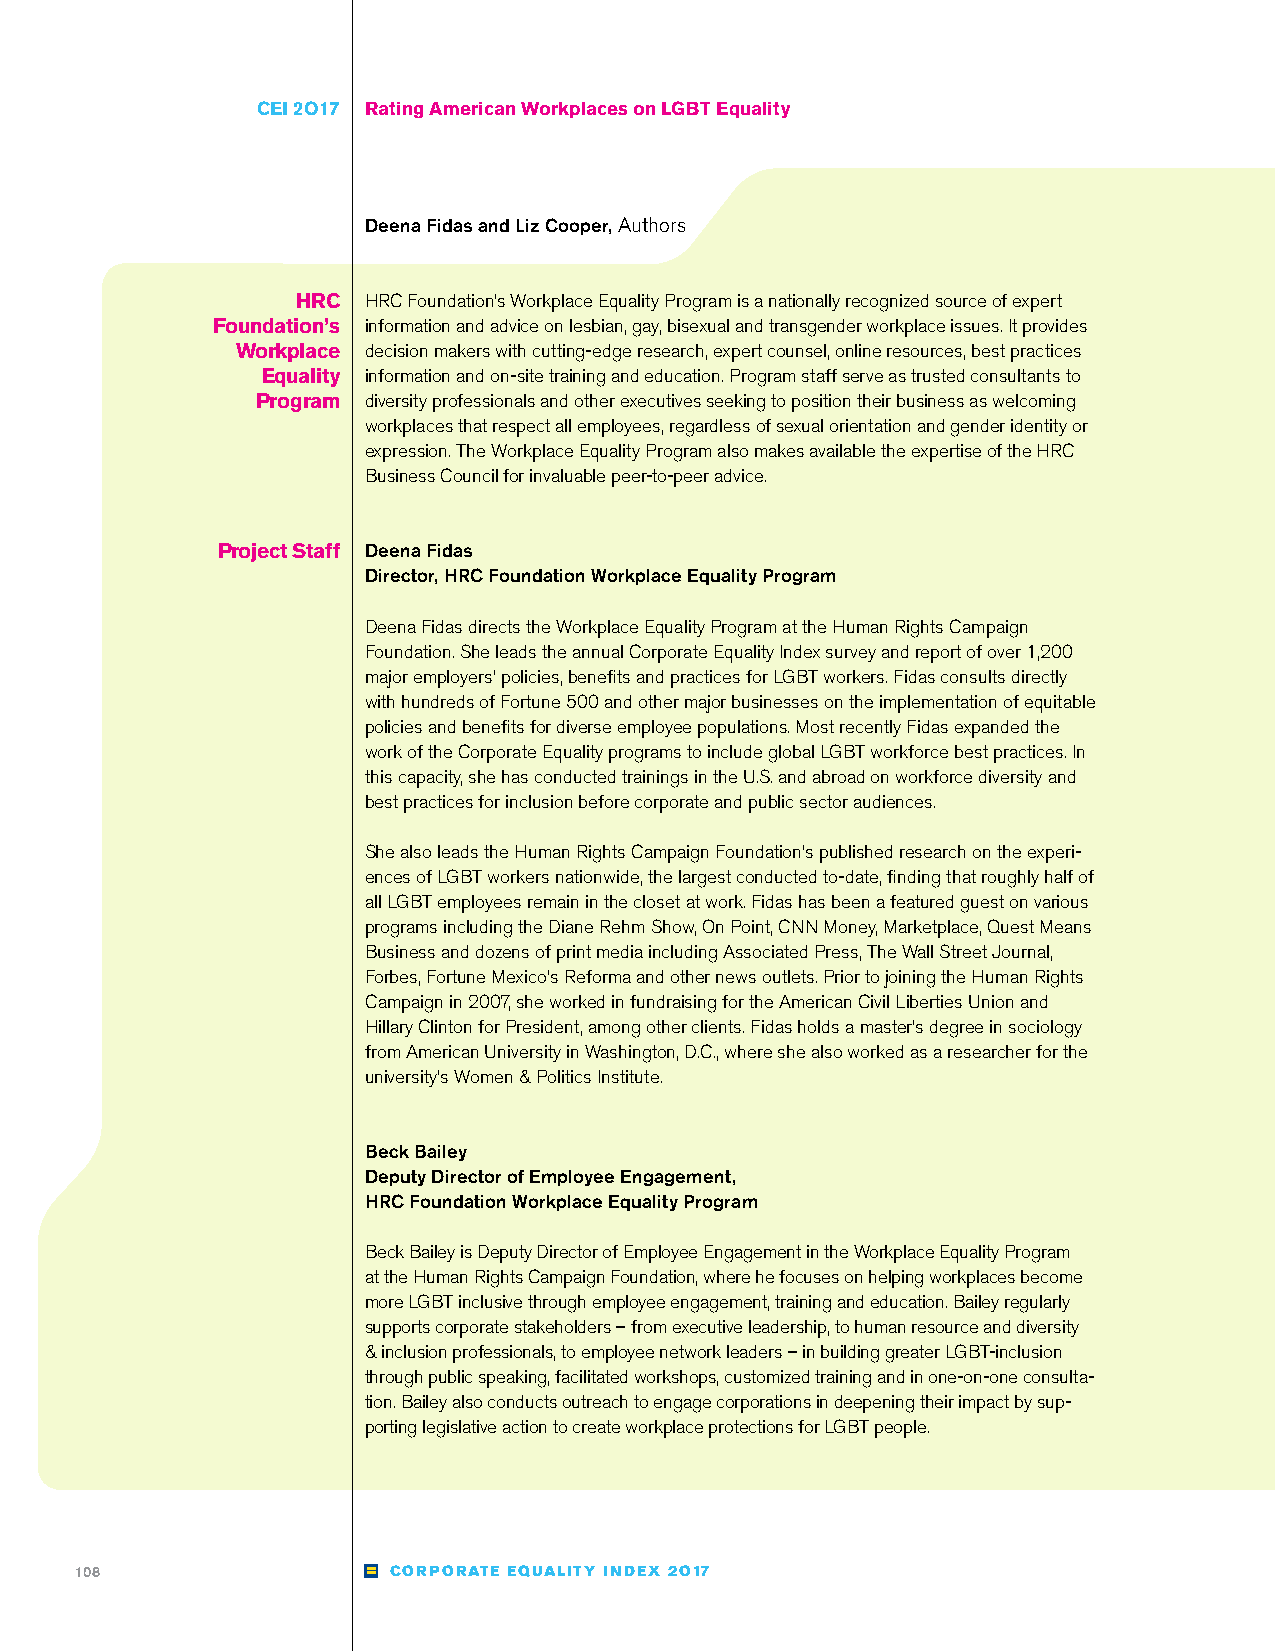
CEI 2O17 Rating American Workplaces on LGBT Equality
 Deena Fidas and Liz Cooper, Authors
 HRC HRC Foundation’s Workplace Equality Program is a nationally recognized source of expert
 Foundation’s information and advice on lesbian, gay, bisexual and transgender workplace issues. It provides
 Workplace decision makers with cutting-edge research, expert counsel, online resources, best practices
 Equality information and on-site training and education. Program staff serve as trusted consultants to
 Program diversity professionals and other executives seeking to position their business as welcoming
 workplaces that respect all employees, regardless of sexual orientation and gender identity or
 expression. The Workplace Equality Program also makes available the expertise of the HRC
 Business Council for invaluable peer-to-peer advice.
 Project Staff Deena Fidas
 Director, HRC Foundation Workplace Equality Program
 Deena Fidas directs the Workplace Equality Program at the Human Rights Campaign
 Foundation. She leads the annual Corporate Equality Index survey and report of over 1,200
 major employers’ policies, benefits and practices for LGBT workers. Fidas consults directly
 with hundreds of Fortune 500 and other major businesses on the implementation of equitable
 policies and benefits for diverse employee populations. Most recently Fidas expanded the
 work of the Corporate Equality programs to include global LGBT workforce best practices. In
 this capacity, she has conducted trainings in the U.S. and abroad on workforce diversity and
 best practices for inclusion before corporate and public sector audiences.
 She also leads the Human Rights Campaign Foundation’s published research on the experi-
 ences of LGBT workers nationwide, the largest conducted to-date, finding that roughly half of
 all LGBT employees remain in the closet at work. Fidas has been a featured guest on various
 programs including the Diane Rehm Show, On Point, CNN Money, Marketplace, Quest Means
 Business and dozens of print media including Associated Press, The Wall Street Journal,
 Forbes, Fortune Mexico’s Reforma and other news outlets. Prior to joining the Human Rights
 Campaign in 2007, she worked in fundraising for the American Civil Liberties Union and
 Hillary Clinton for President, among other clients. Fidas holds a master’s degree in sociology
 from American University in Washington, D.C., where she also worked as a researcher for the
 university’s Women & Politics Institute.
 Beck Bailey
 Deputy Director of Employee Engagement,
 HRC Foundation Workplace Equality Program
 Beck Bailey is Deputy Director of Employee Engagement in the Workplace Equality Program
 at the Human Rights Campaign Foundation, where he focuses on helping workplaces become
 more LGBT inclusive through employee engagement, training and education. Bailey regularly
 supports corporate stakeholders – from executive leadership, to human resource and diversity
 & inclusion professionals, to employee network leaders – in building greater LGBT-inclusion
 through public speaking, facilitated workshops, customized training and in one-on-one consulta-
 tion. Bailey also conducts outreach to engage corporations in deepening their impact by sup-
 porting legislative action to create workplace protections for LGBT people.
 108                  CORPORATE EQUALITY INDEX 2O17